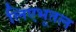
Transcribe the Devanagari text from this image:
लिएभूतल